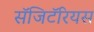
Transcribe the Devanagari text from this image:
सॅजिटॅरियस